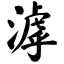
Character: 滹